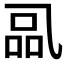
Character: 𰁋